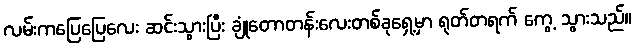
လမ်းကပြေပြေလေး ဆင်းသွားပြီး ချုံတောတန်းလေးတစ်ခုရှေ့မှာ ရုတ်တရက် ကွေ့ သွားသည်။